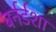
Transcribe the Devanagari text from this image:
बर्नर्डशा